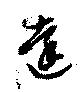
遠